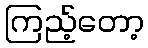
ကြည့်တော့